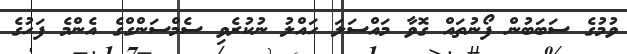
ވުމުގެ ސަބަބުން ފޯނުތައް ގޮވާ މައްސަލަ ހައްލު ނުކުރެވި ސެމްސަންގްގެ އެންމެ ފަހުގެ